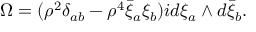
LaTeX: \Omega = ( { \rho } ^ { 2 } \delta _ { a b } - { \rho } ^ { 4 } \bar { \xi } _ { a } \xi _ { b } ) i d \xi _ { a } \wedge d \bar { \xi } _ { b } .